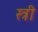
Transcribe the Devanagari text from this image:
स्त्री